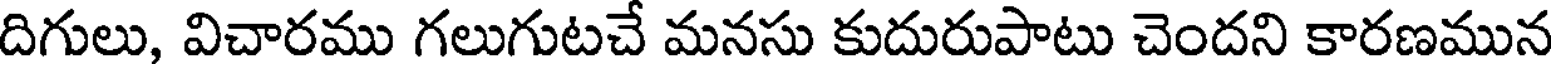
దిగులు, విచారము గలుగుటచే మనసు కుదురుపాటు చెందని కారణమున